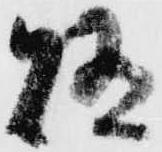
賄